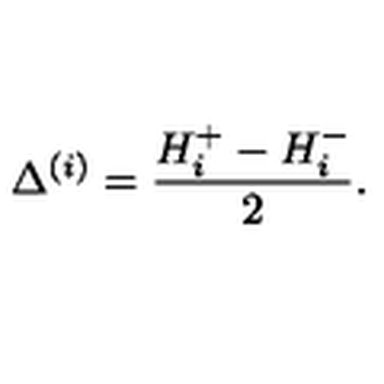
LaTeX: \Delta ^ { ( i ) } = \frac { H _ { i } ^ { + } - H _ { i } ^ { - } } { 2 } .